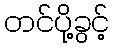
တင်ပို့ခွင့်